Indian journal of veterinary science and animal husbandry - Volume 11,
Year: 1941
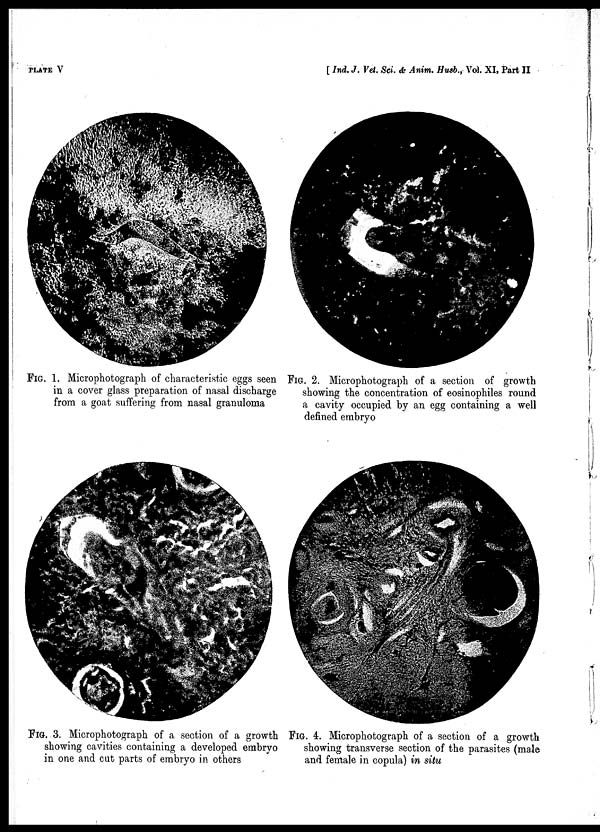
PLATE V
[ Ind. J. Vet. Sci. & Anim. Husb., Vol. XI, Part II
FIG. 1. Microphotograph of characteristic eggs seen
in a cover glass preparation of nasal discharge
from a goat suffering from nasal granuloma
FIG. 2. Microphotograph of a section of growth
showing the concentration of eosinophiles round
a cavity occupied by an egg containing a well
defined embryo
FIG. 3. Microphotograph of a section of a growth
showing cavities containing a developed embryo
in one and cut parts of embryo in others
FIG. 4. Microphotograph of a section of a growth
showing transverse section of the parasites (male
and female in copula) in situ